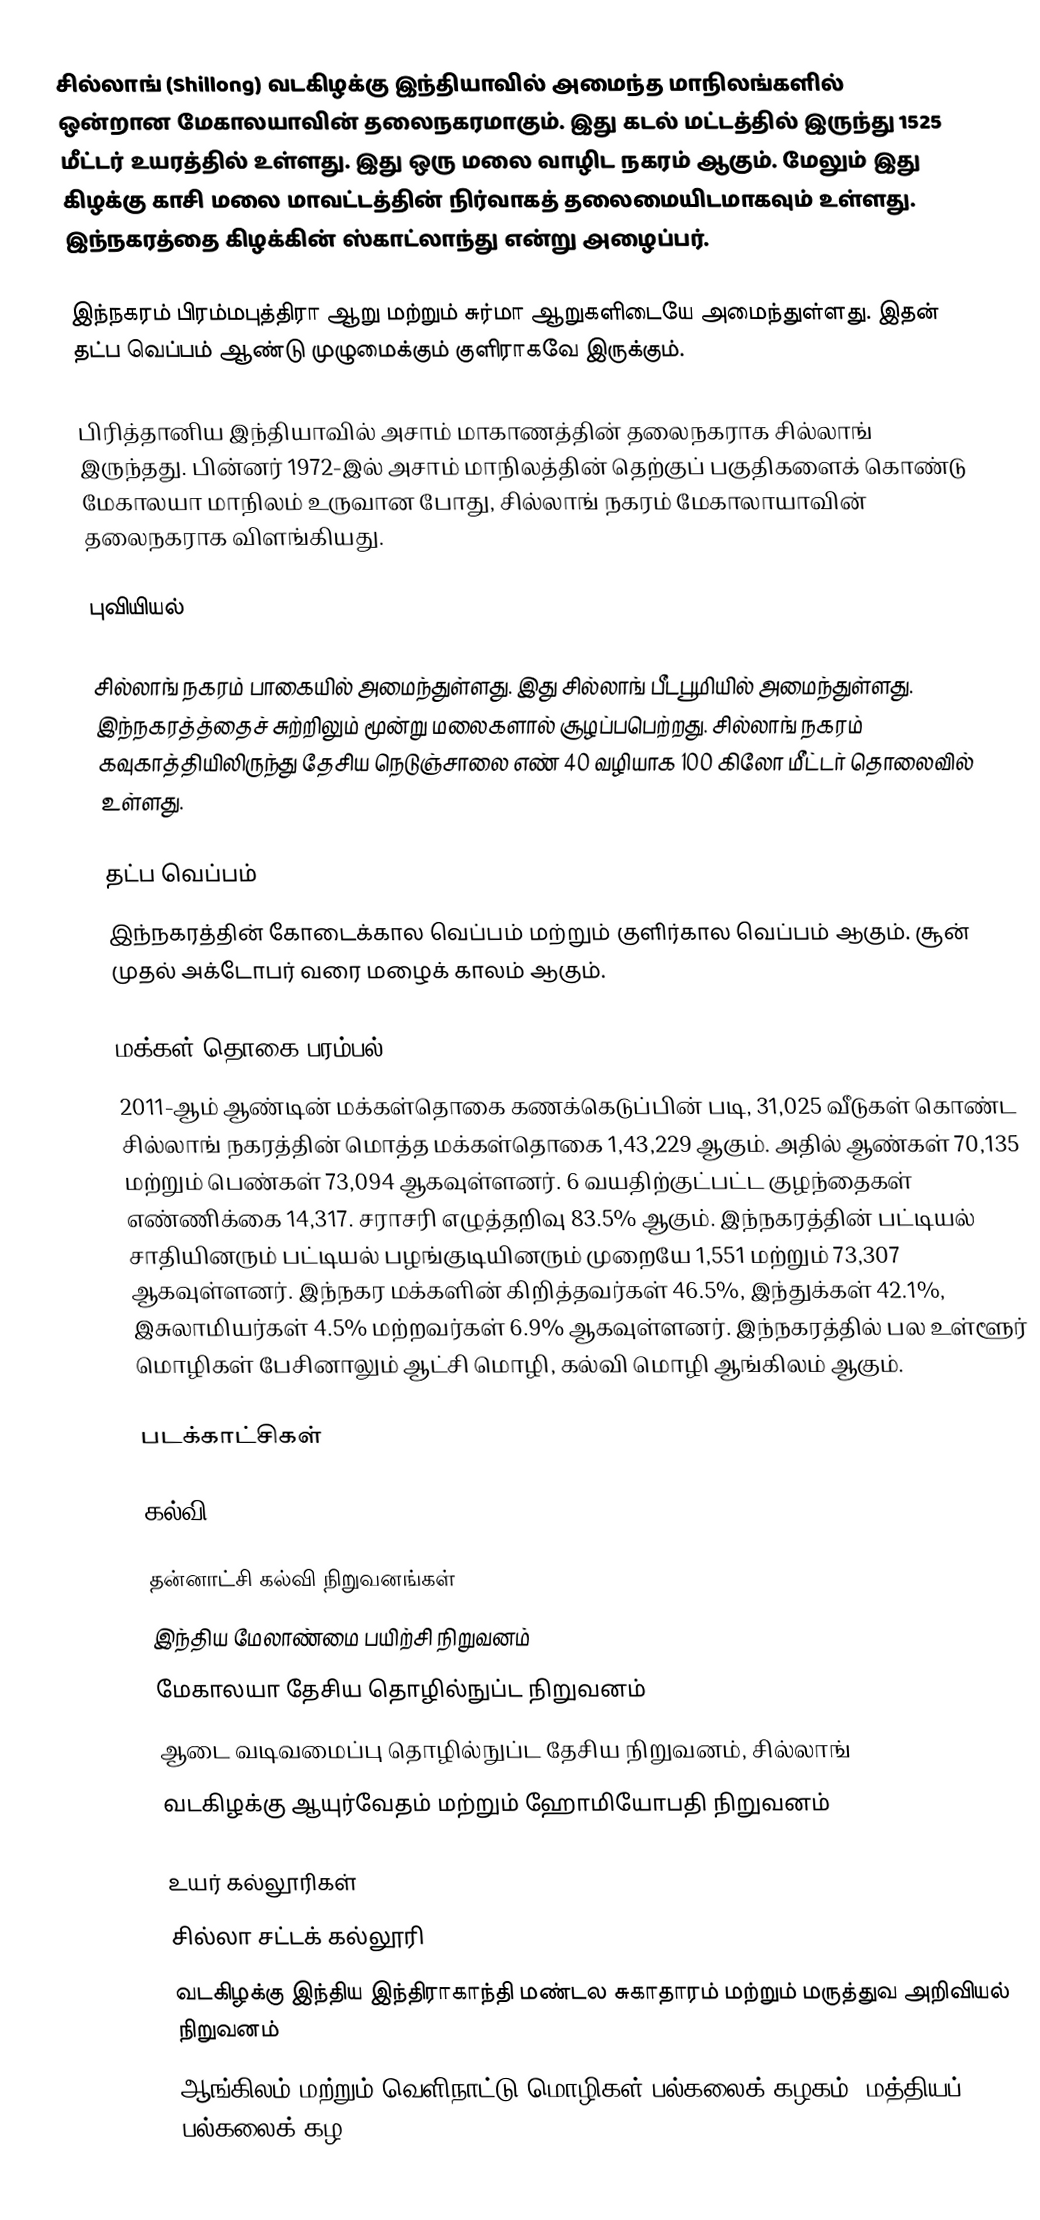
சில்லாங் (Shillong) வடகிழக்கு இந்தியாவில் அமைந்த மாநிலங்களில் ஒன்றான மேகாலயாவின் தலைநகரமாகும். இது கடல் மட்டத்தில் இருந்து 1525 மீட்டர் உயரத்தில் உள்ளது. இது ஒரு மலை வாழிட நகரம் ஆகும். மேலும் இது கிழக்கு காசி மலை மாவட்டத்தின் நிர்வாகத் தலைமையிடமாகவும் உள்ளது. இந்நகரத்தை கிழக்கின் ஸ்காட்லாந்து என்று அழைப்பர்.

இந்நகரம் பிரம்மபுத்திரா ஆறு மற்றும் சுர்மா ஆறுகளிடையே அமைந்துள்ளது.  இதன் தட்ப வெப்பம் ஆண்டு முழுமைக்கும் குளிராகவே இருக்கும்.

பிரித்தானிய இந்தியாவில் அசாம் மாகாணத்தின் தலைநகராக சில்லாங் இருந்தது. பின்னர் 1972-இல் அசாம் மாநிலத்தின் தெற்குப் பகுதிகளைக் கொண்டு மேகாலயா மாநிலம் உருவான போது, சில்லாங் நகரம் மேகாலாயாவின் தலைநகராக விளங்கியது.

புவியியல்

சில்லாங் நகரம்  பாகையில் அமைந்துள்ளது. இது சில்லாங் பீடபூமியில் அமைந்துள்ளது. இந்நகரத்த்தைச் சுற்றிலும் மூன்று மலைகளால் சூழப்பபெற்றது. சில்லாங் நகரம் கவுகாத்தியிலிருந்து தேசிய நெடுஞ்சாலை எண் 40 வழியாக 100 கிலோ மீட்டர் தொலைவில் உள்ளது.

தட்ப வெப்பம்
இந்நகரத்தின் கோடைக்கால வெப்பம்  மற்றும் குளிர்கால வெப்பம்  ஆகும். சூன் முதல் அக்டோபர் வரை மழைக் காலம் ஆகும்.

மக்கள் தொகை பரம்பல்
2011-ஆம் ஆண்டின் மக்கள்தொகை கணக்கெடுப்பின் படி, 31,025 வீடுகள் கொண்ட சில்லாங் நகரத்தின் மொத்த மக்கள்தொகை  1,43,229 ஆகும். அதில் ஆண்கள் 70,135 மற்றும் பெண்கள் 73,094  ஆகவுள்ளனர். 6 வயதிற்குட்பட்ட குழந்தைகள் எண்ணிக்கை 14,317. சராசரி எழுத்தறிவு 83.5% ஆகும். இந்நகரத்தின் பட்டியல் சாதியினரும் பட்டியல் பழங்குடியினரும் முறையே 1,551 மற்றும் 73,307 ஆகவுள்ளனர். இந்நகர மக்களின் கிறித்தவர்கள் 46.5%, இந்துக்கள் 42.1%, இசுலாமியர்கள் 4.5% மற்றவர்கள் 6.9%  ஆகவுள்ளனர். இந்நகரத்தில் பல உள்ளூர் மொழிகள் பேசினாலும் ஆட்சி மொழி, கல்வி மொழி ஆங்கிலம் ஆகும்.

படக்காட்சிகள்

கல்வி

தன்னாட்சி கல்வி நிறுவனங்கள்
 இந்திய மேலாண்மை பயிற்சி நிறுவனம்
 மேகாலயா தேசிய தொழில்நுப்ட நிறுவனம்
 ஆடை வடிவமைப்பு தொழில்நுப்ட தேசிய நிறுவனம், சில்லாங்
 வடகிழக்கு ஆயுர்வேதம் மற்றும் ஹோமியோபதி நிறுவனம்

உயர் கல்லூரிகள்
 சில்லா சட்டக் கல்லூரி
 வடகிழக்கு இந்திய இந்திராகாந்தி மண்டல சுகாதாரம் மற்றும் மருத்துவ அறிவியல் நிறுவனம்
 ஆங்கிலம் மற்றும் வெளிநாட்டு மொழிகள் பல்கலைக் கழகம் (மத்தியப் பல்கலைக் கழ